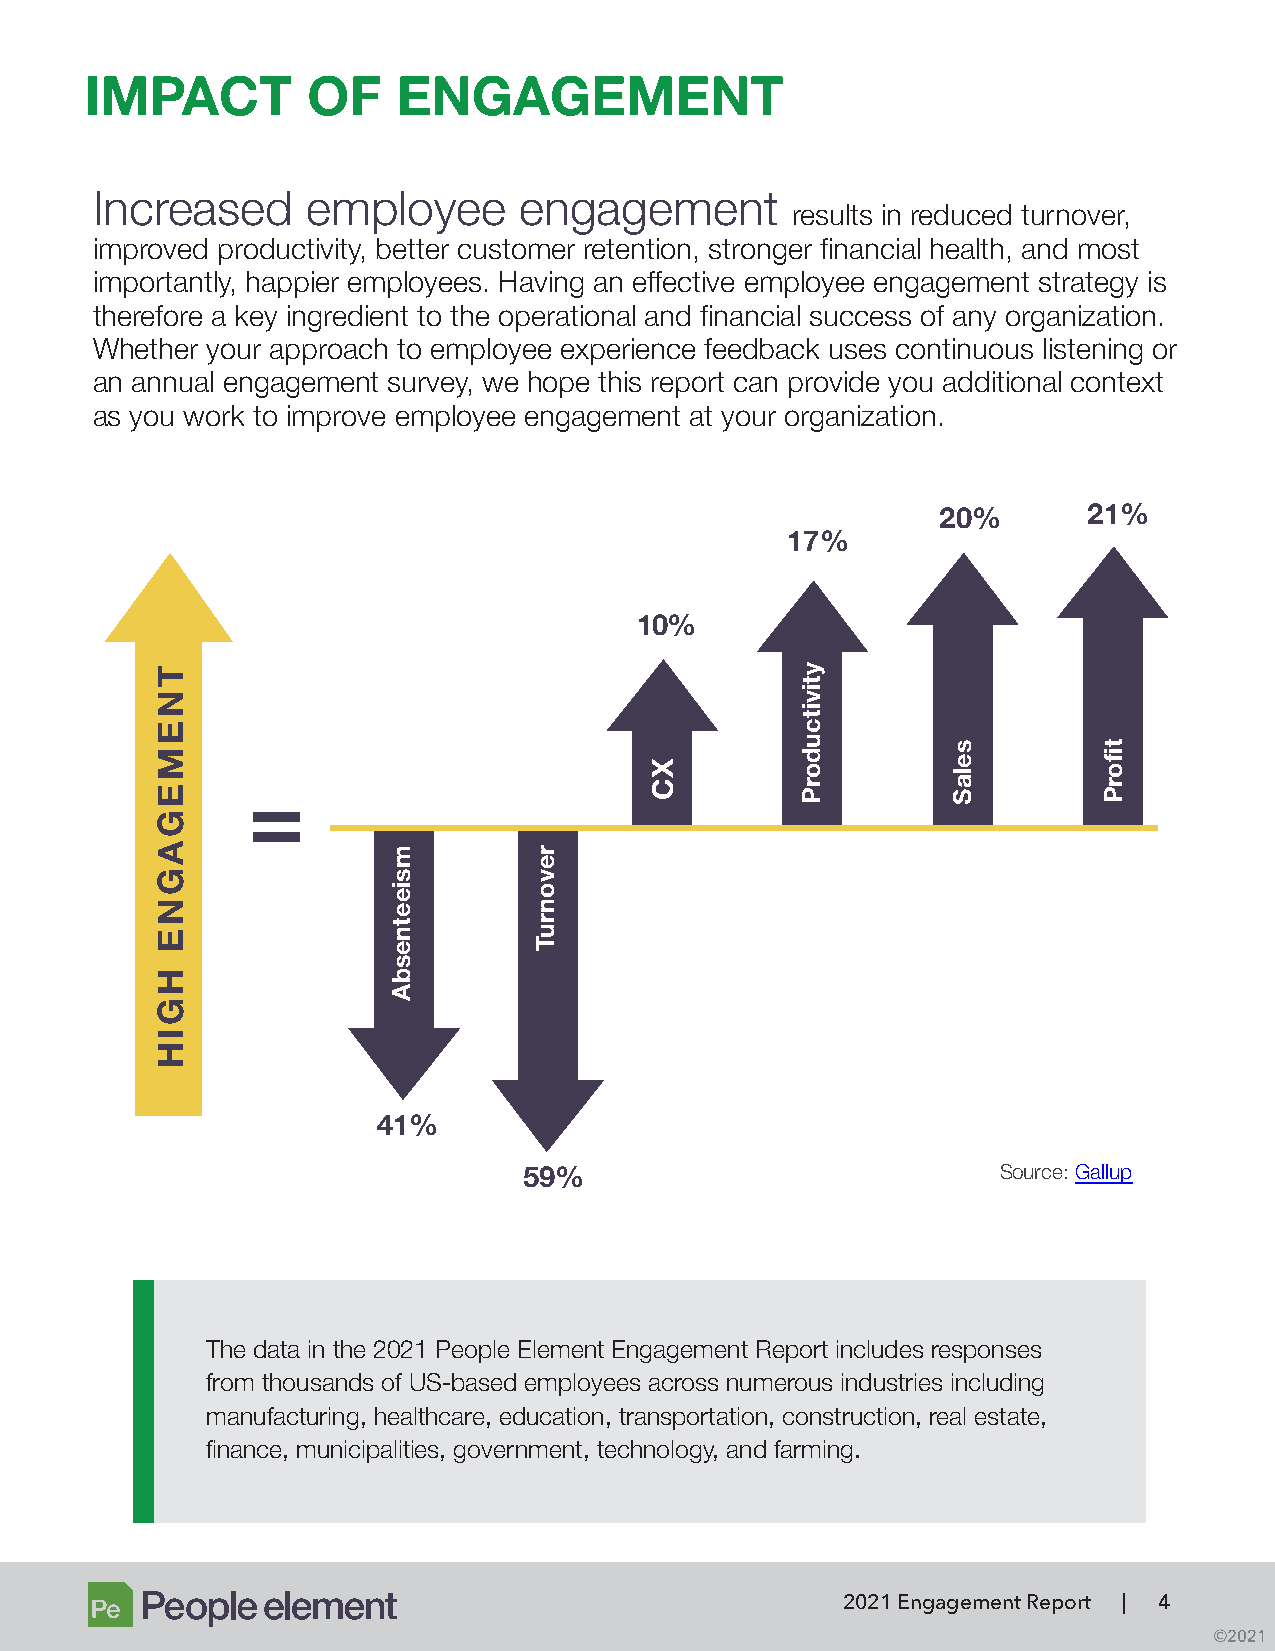
IMPACT        OF    ENGAGEMENT
 Increased     employee      engagement
 results in reduced turnover,
 improved productivity, better customer retention, stronger financial health, and most
 importantly, happier employees. Having an effective employee engagement strategy is
 therefore a key ingredient to the operational and financial success of any organization.
 Whether your approach to employee experience feedback uses continuous listening or
 an annual engagement survey, we hope this report can provide you additional context
 as you work to improve employee engagement at your organization.
 20%       21%
 17%
 10%
 =
 41%
 Source: Gallup
 59%
 The data in the 2021 People Element Engagement Report includes responses
 from thousands of US-based employees across numerous industries including
 manufacturing, healthcare, education, transportation, construction, real estate,
 finance, municipalities, government, technology, and farming.
 2021 Engagement Report | 4
 ©2021
 TNEMEGAGNE
 HGIH
 msieetnesbA revonruT
 XC
 ytivitcudorP
 selaS     tiforP